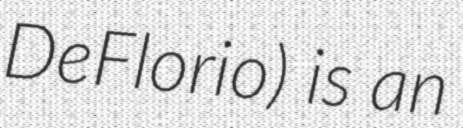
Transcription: DeFlorio) is an